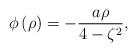
LaTeX: \begin{align*}\phi\left( \rho\right) =-\frac{a\rho}{4-\zeta^{2}}, \end{align*}